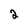
Character: 2